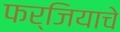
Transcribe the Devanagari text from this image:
फर्जियाचे